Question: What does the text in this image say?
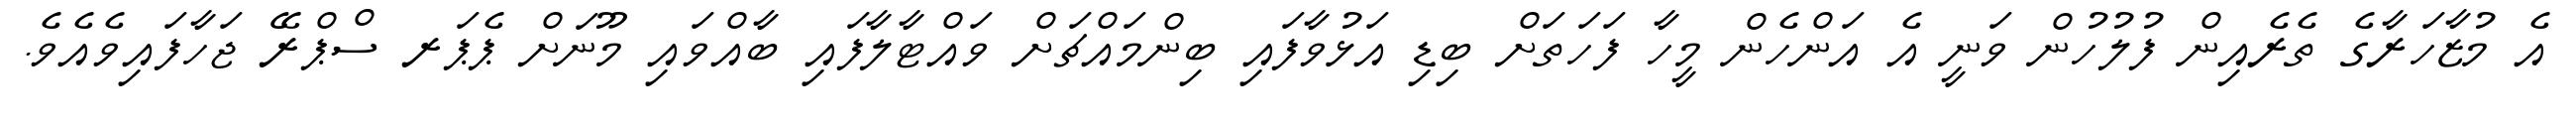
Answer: އެ މުޒާހަރާގެ ތެރެއިން ފުލުހުން ވަނީ އެ އަންހެން މީހާ ފަހަތަށް ބިޑި އަޅުވާފައި ބިންމައްޗަށް ވައްޓާލާފައި ބާއްވައި މޫނަށް ޕެޕަރ ސްޕްރޭ ޖަހާފައިވެއެވެ.